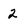
Character: 2